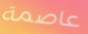
عاصمة